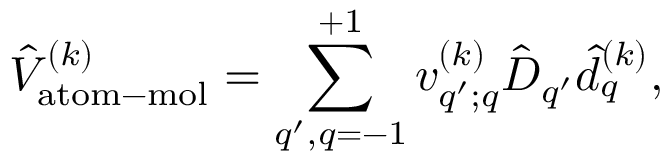
\hat { V } _ { \mathrm { a t o m - m o l } } ^ { ( k ) } = \sum _ { q ^ { \prime } , q = - 1 } ^ { + 1 } v _ { q ^ { \prime } ; q } ^ { ( k ) } \hat { D } _ { q ^ { \prime } } \hat { d } _ { q } ^ { ( k ) } ,